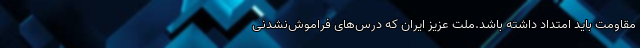
مقاومت باید امتداد داشته باشد.ملت عزیز ایران که درس‌های فراموش‌نشدنی